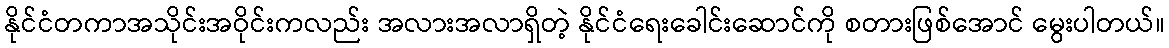
နိုင်ငံတကာအသိုင်းအဝိုင်းကလည်း အလားအလာရှိတဲ့ နိုင်ငံရေးခေါင်းဆောင်ကို စတားဖြစ်အောင် မွေးပါတယ်။